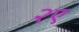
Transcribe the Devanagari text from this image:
२ए